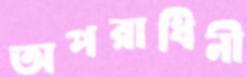
অপরাধিনী